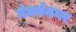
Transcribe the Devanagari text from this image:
गंधर्वनगर